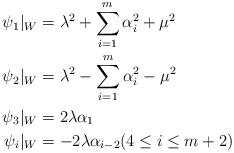
LaTeX: \begin{align*}\psi_1|_W &= \lambda^2+\sum_{i=1}^m\alpha_i^2+\mu^2 \\\psi_2|_W &= \lambda^2-\sum_{i=1}^m\alpha_i^2-\mu^2 \\\psi_3|_W &= 2\lambda \alpha_1 \\\psi_i|_W &= -2\lambda\alpha_{i-2} (4\leq i\leq {m+2}) \end{align*}